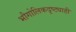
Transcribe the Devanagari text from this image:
भौगोलिकदृष्ट्याही